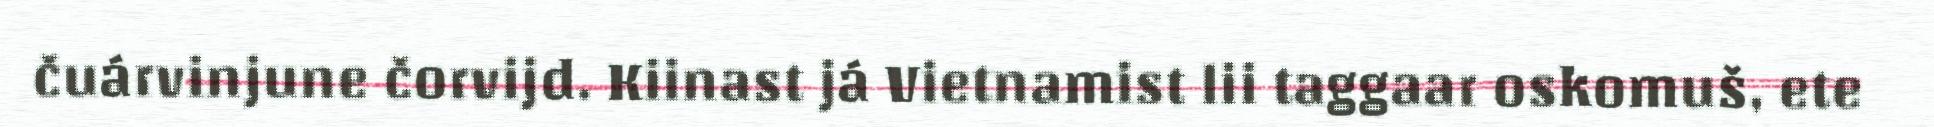
čuárvinjune čorvijd. Kiinast já Vietnamist lii taggaar oskomuš, ete